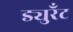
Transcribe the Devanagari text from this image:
ड्युरँट